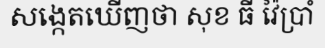
សង្កេតឃើញថា សុខ ធី វ៉ៃប្រាំ